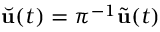
\Breve { \mathbf { u } } ( t ) = \pi ^ { - 1 } \tilde { \mathbf { u } } ( t )